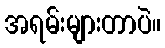
အရမ်းများတာပဲ။